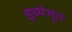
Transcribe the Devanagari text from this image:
इथ्यंभूत